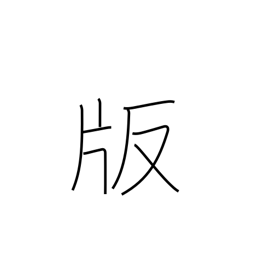
Meaning: impression